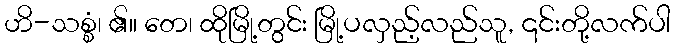
ဟိ-သစ္စံ၊ ၏။ တေ၊ ထိုမြို့တွင်း မြို့ပလှည့်လည်သူ, ၎င်းတို့လက်ပါ